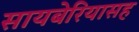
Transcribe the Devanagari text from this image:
सायबेरियासह